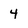
Character: 4